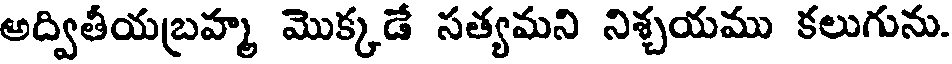
అద్వితీయబ్రహ్మ మొక్కడే సత్యమని నిశ్చయము కలుగును.